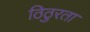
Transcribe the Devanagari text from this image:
ठिठुरता